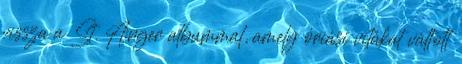
vissza a St. Anger albummal, amely óriási vitákat váltott